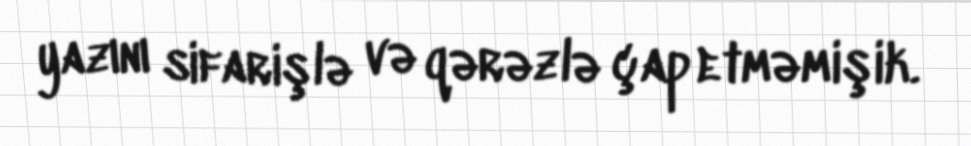
yazını sifarişlə və qərəzlə çap etməmişik.